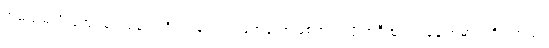
အမည်မသိလူအုပ်စုတစ်စုက ဝိုင်းဝန်းသတ်ဖြတ်ခဲ့တာဖြစ်တယ်လို့ အဲဒီထုတ်ပြန်ချက်မှာ ပါရှိပါတယ်။